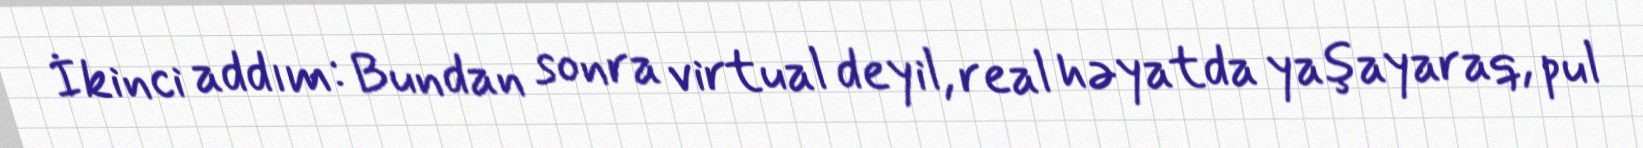
İkinci addım: Bundan sonra virtual deyil, real həyatda yaşayaraq, pul